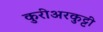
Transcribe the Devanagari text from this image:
कुरीअरकुट्टी